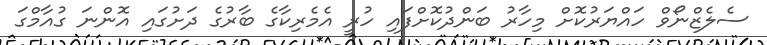
ސެލެޒްނޯވް ހައްޔަރުކޮށް މިހާރު ބަންދުކޮށްފައި ހުރީ އެމެރިކާގެ ބާރުގެ ދަށުގައި އޮންނަ ގުއާމްގަ